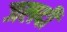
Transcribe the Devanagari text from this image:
जलदीं